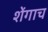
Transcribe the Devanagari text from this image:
शेंगाच